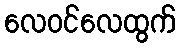
လေဝင်လေထွက်